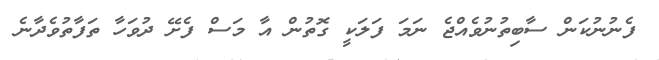
ފެނުނުކަން ސާބިތުނުވެއްޖެ ނަމަ ފަލަކީ ގޮތުން އާ މަސް ފެށޭ ދުވަހާ ތަފާތުވެދާނެ